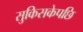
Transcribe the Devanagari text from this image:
सुकिसकेपछि